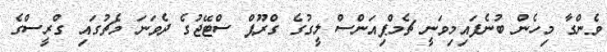
ވެންގާ މިހެން ބުނެފައިމިވަނީ ޗެމްޕިއަންސް ލީގުގެ ގްރޫޕް ސްޓޭޖުގެ ދެވަނަ މެޗުގައި ގްރީސްގެ